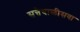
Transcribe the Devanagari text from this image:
सत्तेचाळीसवा